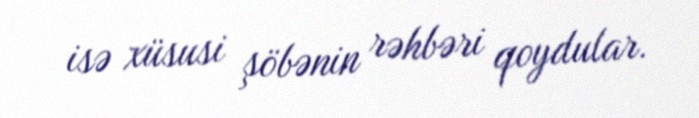
isə xüsusi şöbənin rəhbəri qoydular.